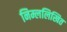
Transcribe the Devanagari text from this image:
निम्ललिखित